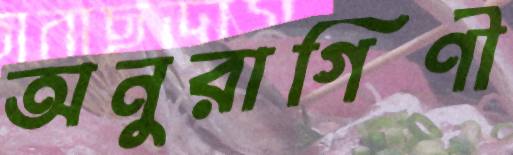
অনুরাগিণী